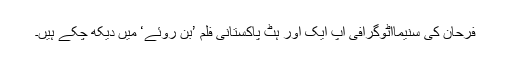
فرحان کی سنیماآٹوگرافی آپ ایک اور ہٹ پاکستانی فلم ’بن روئے‘ میں دیکھ چکے ہیں۔